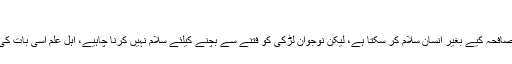
(جاری ہے) ہ
سوم:اگر اجنبی خاتون بوڑھی ہو تو مصافحہ کیے بغیر انسان سلام کر سکتا ہے، لیکن نوجوان لڑکی کو فتنے سے بچنے کیلئے سلام نہیں کرنا چاہیے، اہل علم اسی بات کی طرف رہنمائی کرتے چلے آئے ہیں۔